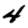
Digit: 4